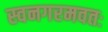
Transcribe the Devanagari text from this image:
स्वनगरमवतः